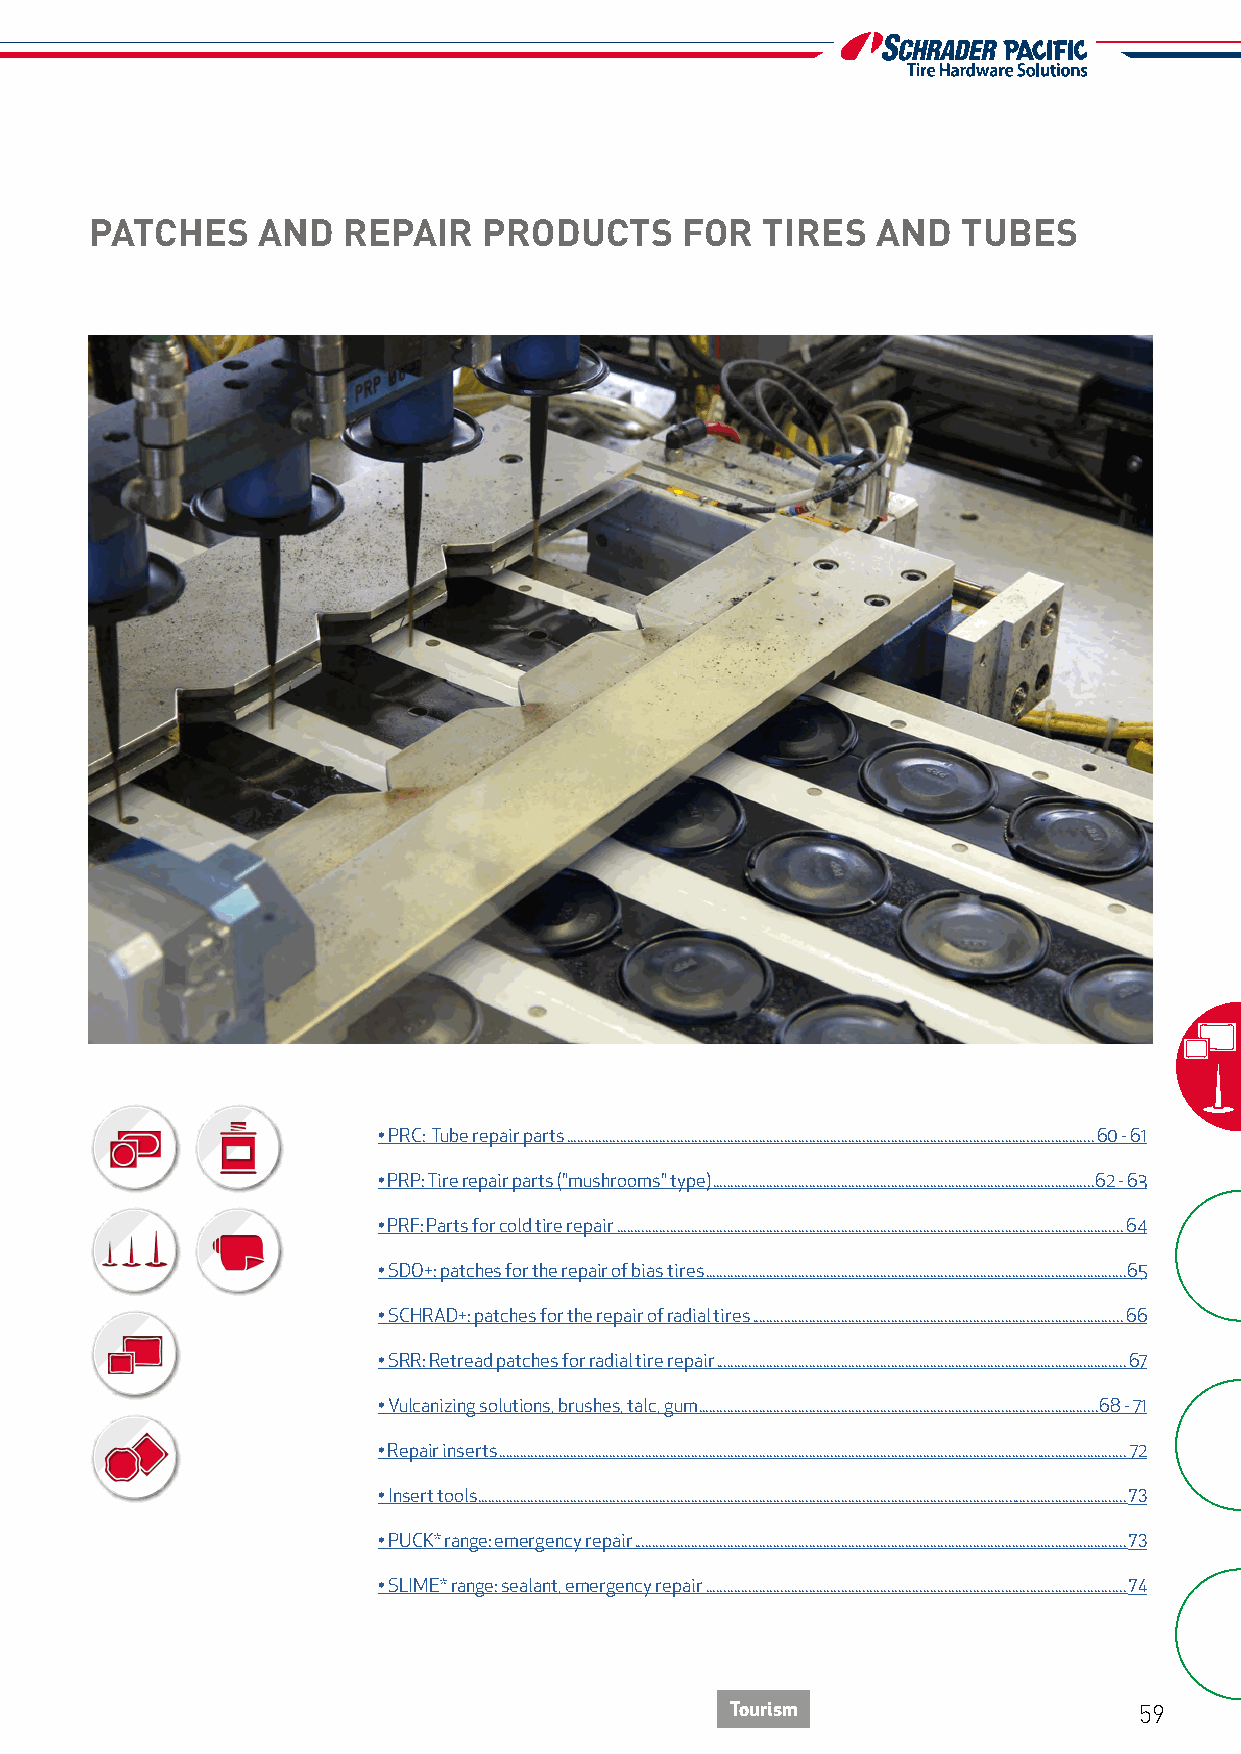
PATCHES    AND   REPAIR   PRODUCTS     FOR  TIRES   AND   TUBES
 • PRC: Tube repair parts ....................................................................................................................................................60 - 61
 • PRP: Tire repair parts ("mushrooms" type) ...........................................................................................................62 - 63
 • PRF: Parts for cold tire repair ..............................................................................................................................................64
 • SDO+: patches for the repair of bias tires ......................................................................................................................65
 • SCHRAD+: patches for the repair of radial tires ........................................................................................................66
 • SRR: Retread patches for radial tire repair ...................................................................................................................67
 • Vulcanizing solutions, brushes, talc, gum ................................................................................................................68 - 71
 • Repair inserts ................................................................................................................................................................................72
 • Insert tools ......................................................................................................................................................................................73
 • PUCK* range: emergency repair ..........................................................................................................................................73
 • SLIME* range: sealant, emergency repair ......................................................................................................................74
 Tourism                    59